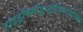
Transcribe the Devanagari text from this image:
हाइड्रॉक्सीइन्डॉलिएसिटिक